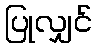
ပြုလျှင်